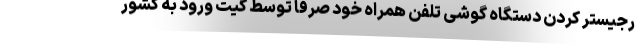
رجیستر کردن دستگاه گوشی تلفن همراه خود صرفا توسط گیت ورود به کشور